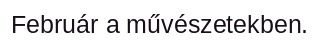
Február a művészetekben.